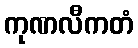
ကုဏလီကတံ